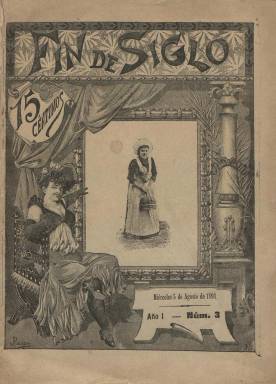
Título: Fin de siglo (Barcelona)
Colección: Revistas de información general
Ámbito geográfico: Barcelona
Lugar de publicación: Barcelona
Fechas: 05/08/1891-12/08/1891

Revista ilustrada, que estuvo apareciendo cada miércoles, desde el doce de julio al once de noviembre de 1891 (quince números en total), en entregas de treinta y dos páginas (sin foliación), compuestas a una y dos columnas y con contenidos, generalmente, de creación literaria, como narraciones y poemas, así como algunos artículos de divulgación o de costumbre sociales. Cada entrega la inicia con una crónica de carácter cultural, literario y social, y también publica una Revista parisién de contenidos similares, firmada por Guzmán de Alfarache.

Entre las firmas de sus numerosas ilustraciones (grabados de dibujos con escenas y vistas), tanto en el interior de los textos como a toda página, aparece la del dibujante y fotograbador José Passos (1862-1928), que en esos años lo fue también de varias monografías, como la de un Quijote (1905) editado en dieciocho volúmenes. Su cubierta va ilustrada y también inserta chistes gráficos y tiras cómicas, que a veces ocupan planas completas. Salió de la imprenta barcelonesa de Pujol y Solé.

Entre los autores de sus textos aparecen los nombres de Pablo de Segovia, Rafael García y Santisteban, Marcial de los Ríos, Leopoldo Díaz, Antonio F. Grillo, Cátulo Méndez, A. Sánchez Pérez, Eduardo Palacio, Joaquín E. Romero, Ricardo J. Catarineu, Eusebio Blasco, Félix Pizueta, J.E. Hartzenbusch, Antonio Pérez Nieva, Francisco J. Estevan, J.F. Vergés o V.S. Casañ, así como la de Pedro Antonio Alarcón, de quien se reproduce algunos textos de sus Episodios nacionales, con un retrato del autor.

La colección de este título de la Biblioteca Nacional de España contiene sólo dos entregas, la 3 y la 4, así como un Almanaque, correspondiente a 1892.